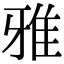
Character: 雅